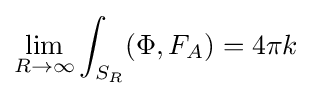
\lim _{R\to \infty }\int _{S_{R}}(\Phi ,F_{A})=4\pi k